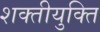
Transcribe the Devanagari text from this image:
शक्तीयुक्ति